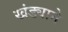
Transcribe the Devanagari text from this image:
खंड्याने